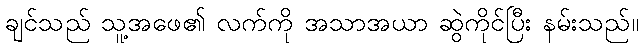
ချင်သည် သူ့အဖေ၏ လက်ကို အသာအယာ ဆွဲကိုင်ပြီး နမ်းသည်။